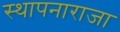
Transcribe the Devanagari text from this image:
स्थापनाराजा